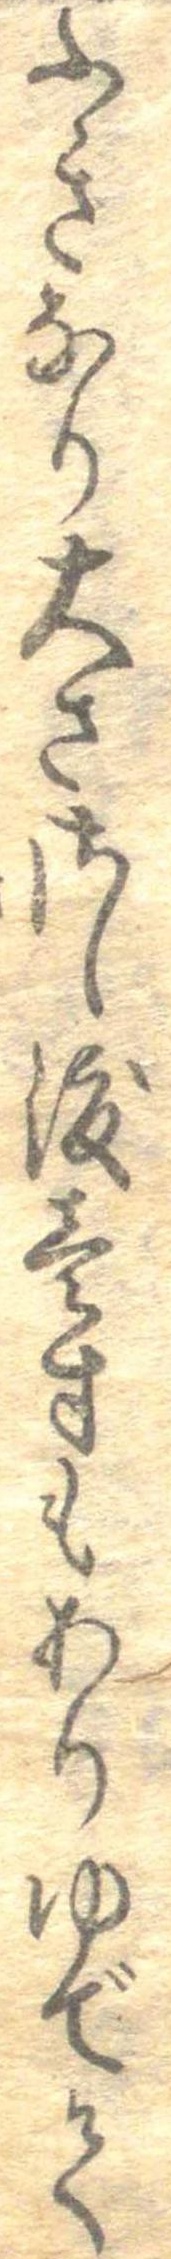
ふきなり大ささし渡壱寸もわりゆでて